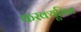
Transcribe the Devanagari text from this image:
करक्यूमिन